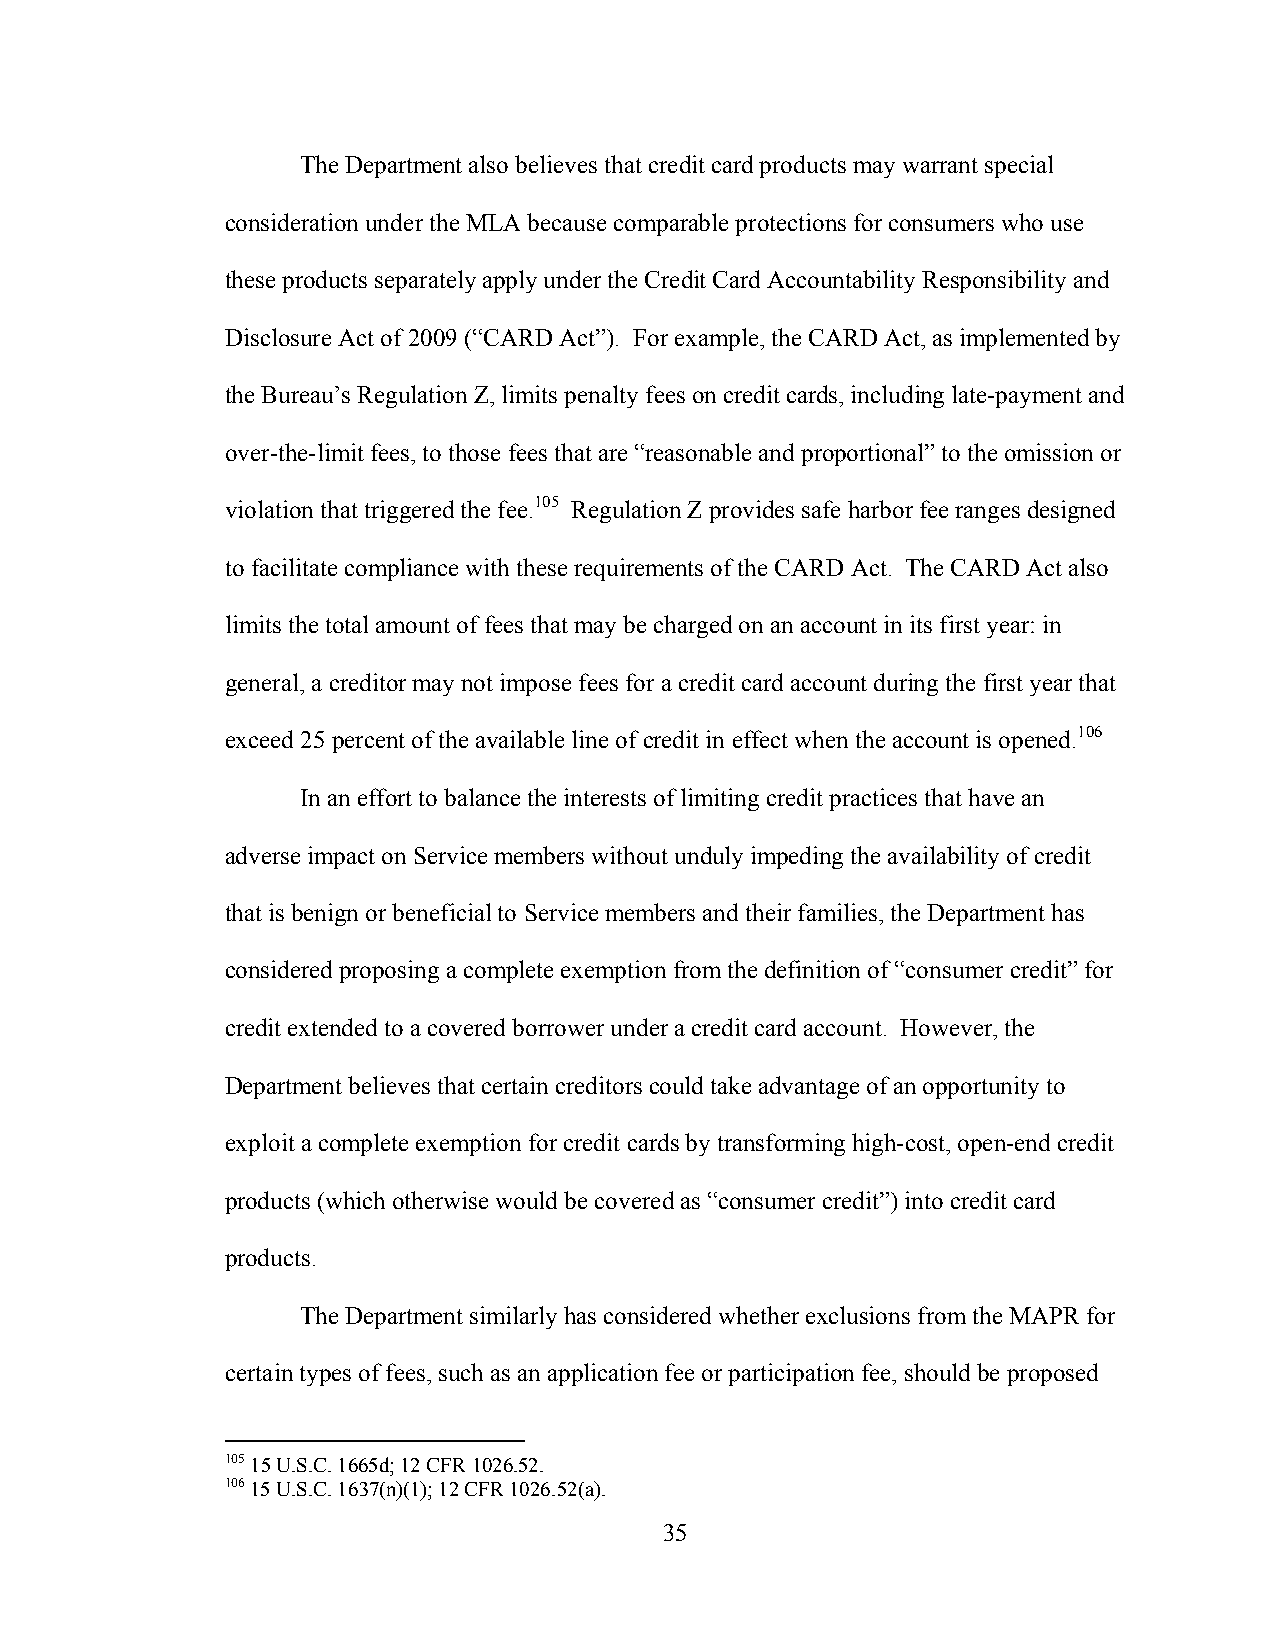
The Department also believes that credit card products may warrant special
 consideration under the MLA because comparable protections for consumers who use
 these products separately apply under the Credit Card Accountability Responsibility and
 Disclosure Act of 2009 (“CARD Act”). For example, the CARD Act, as implemented by
 the Bureau’s Regulation Z, limits penalty fees on credit cards, including late-payment and
 over-the-limit fees, to those fees that are “reasonable and proportional” to the omission or
 violation that triggered the fee.105 Regulation Z provides safe harbor fee ranges designed
 to facilitate compliance with these requirements of the CARD Act. The CARD Act also
 limits the total amount of fees that may be charged on an account in its first year: in
 general, a creditor may not impose fees for a credit card account during the first year that
 exceed 25 percent of the available line of credit in effect when the account is opened.106
 In an effort to balance the interests of limiting credit practices that have an
 adverse impact on Service members without unduly impeding the availability of credit
 that is benign or beneficial to Service members and their families, the Department has
 considered proposing a complete exemption from the definition of “consumer credit” for
 credit extended to a covered borrower under a credit card account. However, the
 Department believes that certain creditors could take advantage of an opportunity to
 exploit a complete exemption for credit cards by transforming high-cost, open-end credit
 products (which otherwise would be covered as “consumer credit”) into credit card
 products.
 The Department similarly has considered whether exclusions from the MAPR for
 certain types of fees, such as an application fee or participation fee, should be proposed
 105 15 U.S.C. 1665d; 12 CFR 1026.52.
 106 15 U.S.C. 1637(n)(1); 12 CFR 1026.52(a).
 35